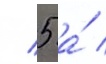
/ 5 а́ /